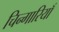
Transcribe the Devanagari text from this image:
चिन्गारियाँ